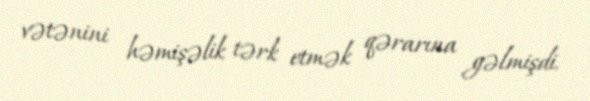
vətənini həmişəlik tərk etmək qərarına gəlmişdi.